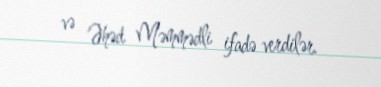
və Əhəd Məmmədli ifadə verdilər.